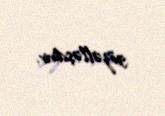
gözəlləşdirir.